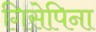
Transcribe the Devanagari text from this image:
गिसेपिना